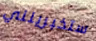
ستخبرينني